DOW-UAP-D50, Email Correspondence, INDOPACOM, April 2025
Agency: Department of War
Incident date: 4/10/2025-4/11/2025
Page 1
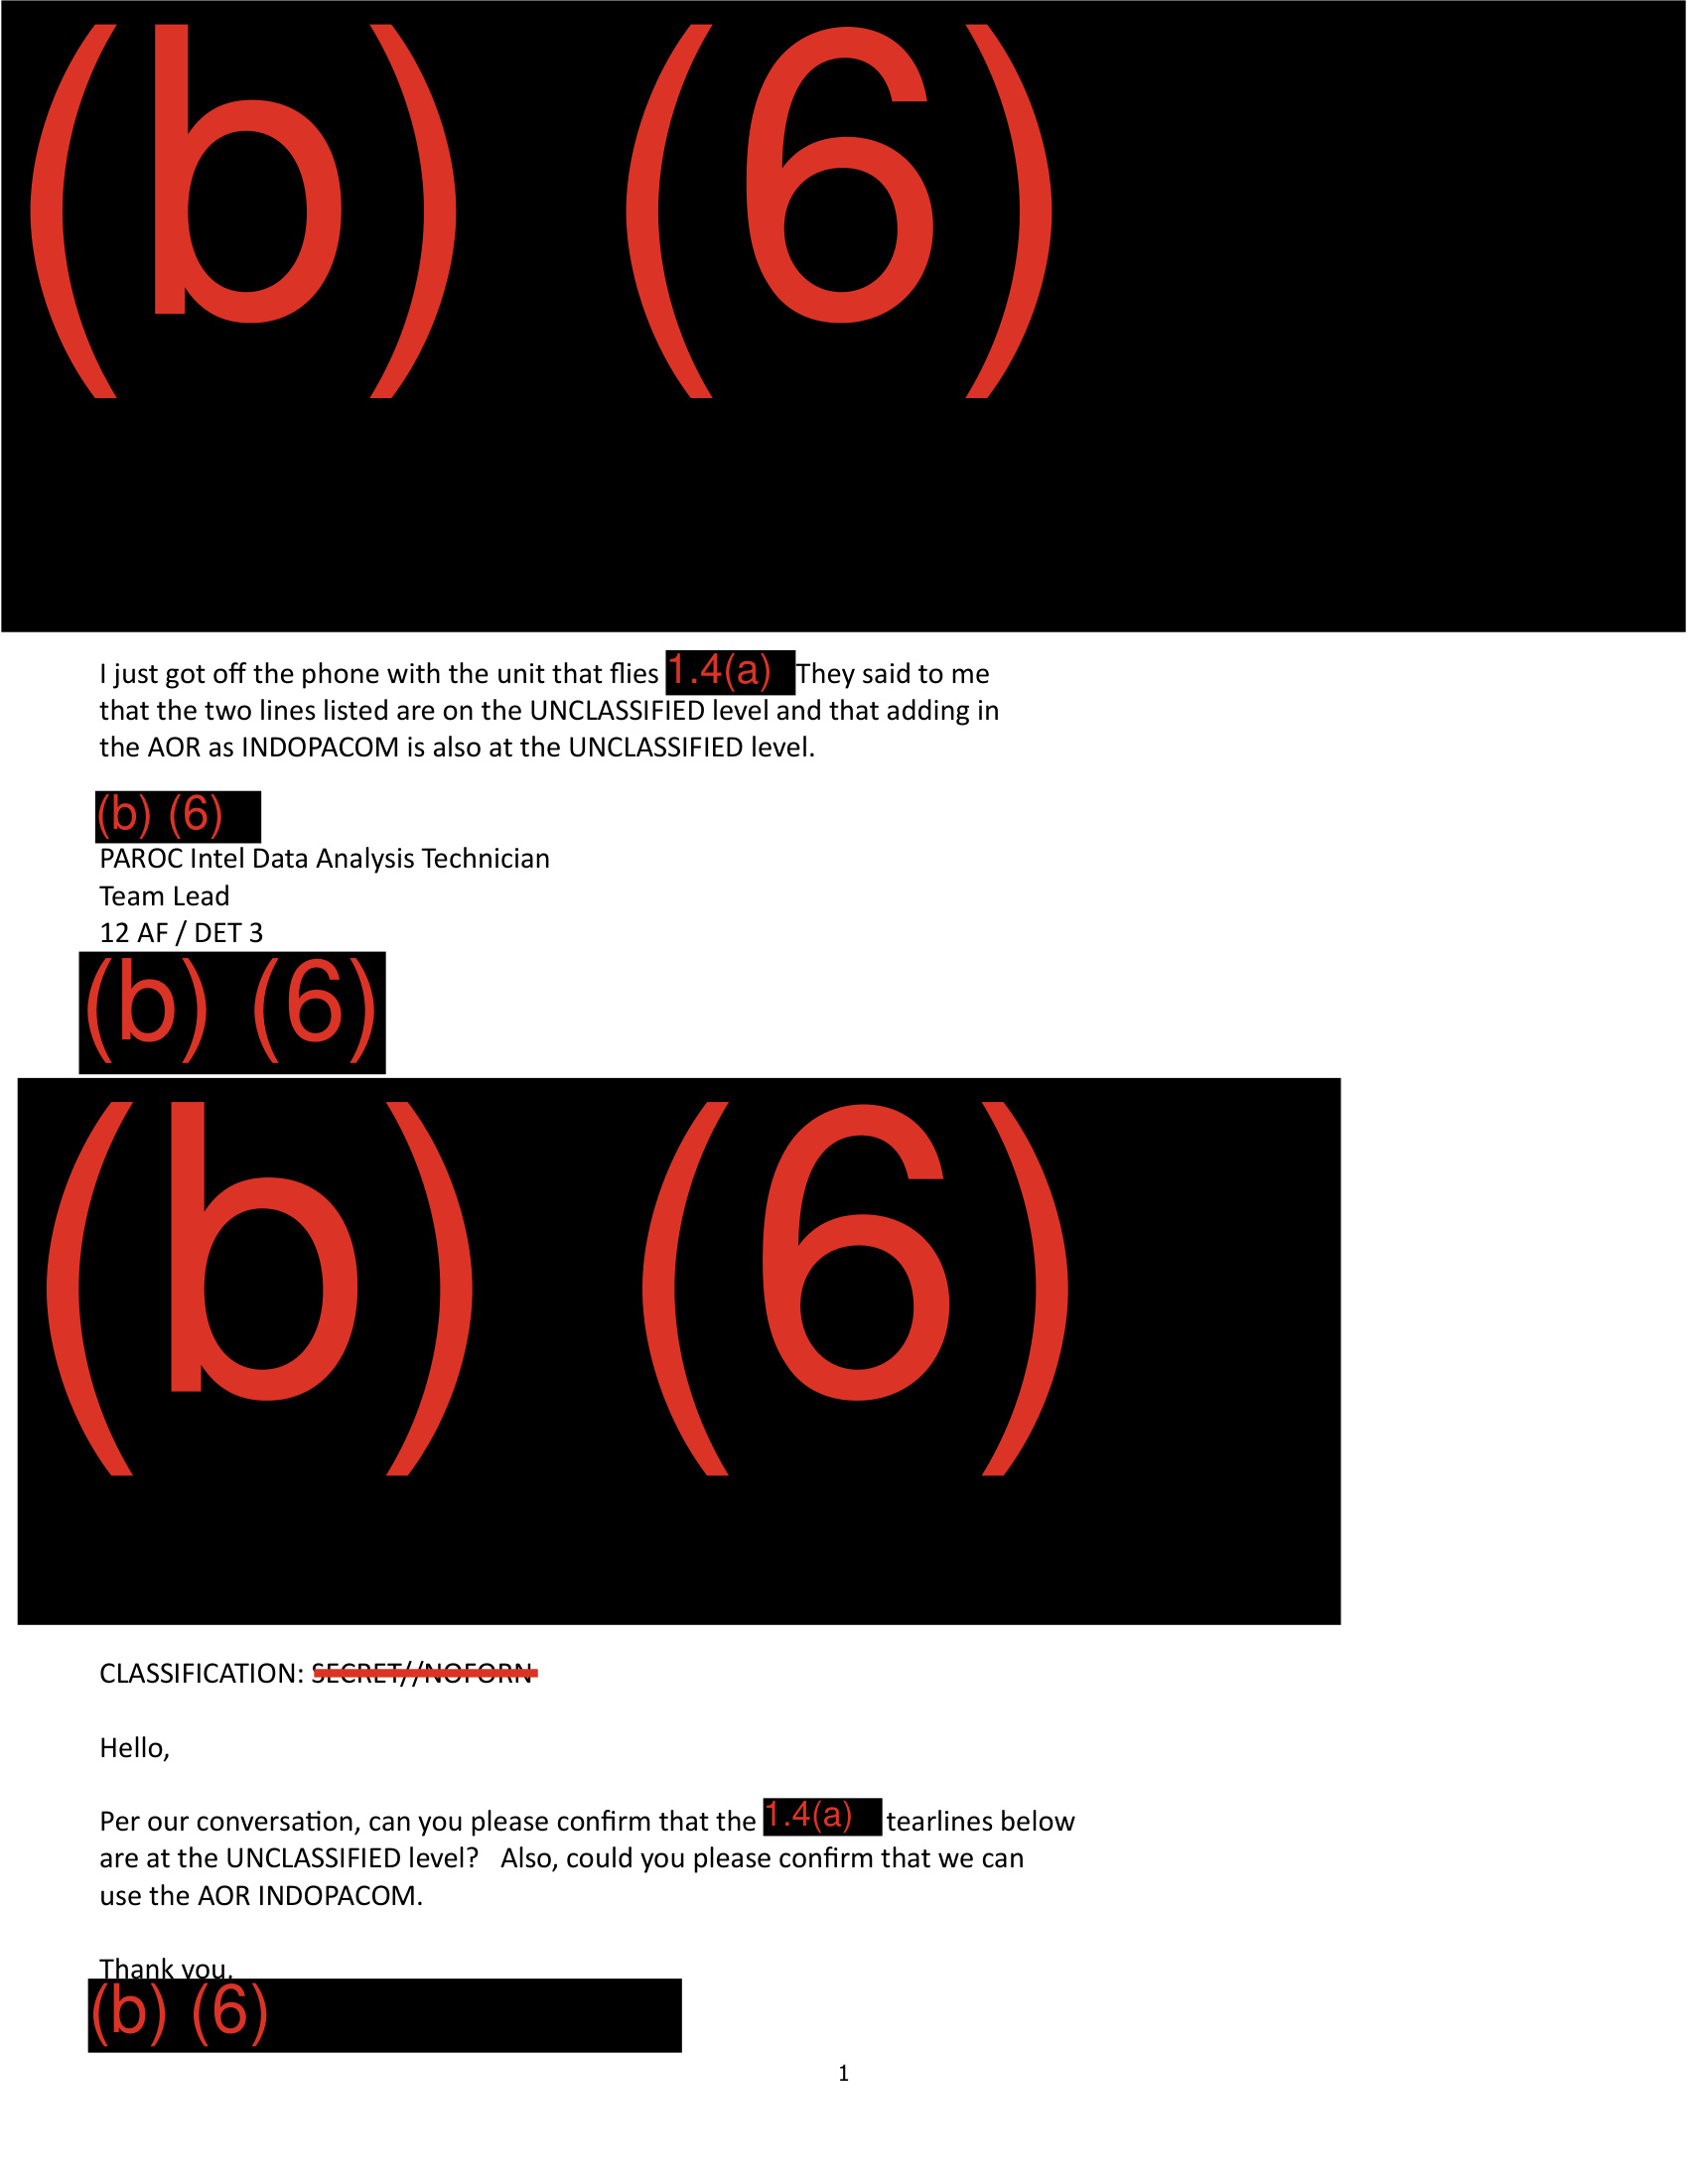